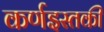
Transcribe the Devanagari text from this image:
कर्णइस्तकी